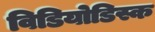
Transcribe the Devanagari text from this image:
विडियोडिस्क